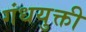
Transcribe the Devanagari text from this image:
गंधयुक्ती